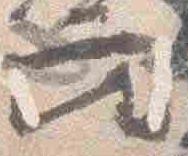
座